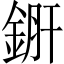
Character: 𨧠